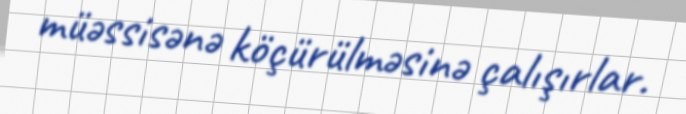
müəssisənə köçürülməsinə çalışırlar.